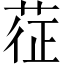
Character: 𦲵